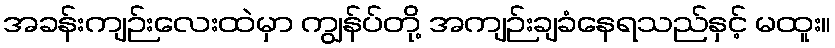
အခန်းကျဉ်းလေးထဲမှာ ကျွန်ပ်တို့ အကျဉ်းချခံနေရသည်နှင့် မထူး။